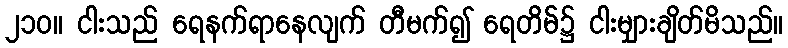
၂၁၀။ ငါးသည် ရေနက်ရာနေလျက် တီမက်၍ ရေတိမ်၌ ငါးမျှားချိတ်မိသည်။